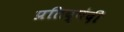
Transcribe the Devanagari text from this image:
प्रतिद्घंदी